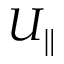
U _ { \parallel }